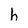
Character: h